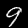
Digit: 9